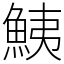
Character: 鮧